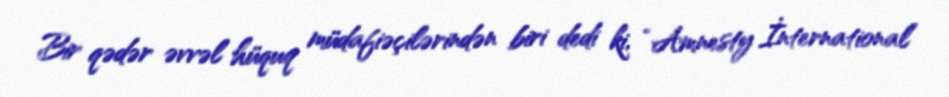
Bir qədər əvvəl hüquq müdafiəçilərindən biri dedi ki, “Amnesty İnternational”